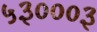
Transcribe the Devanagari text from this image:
५३०००३